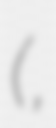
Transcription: (樺戸山地,